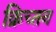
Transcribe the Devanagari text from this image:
क्रिच्तन